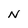
Character: N